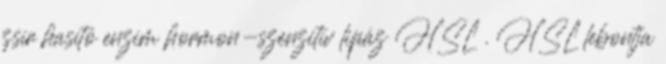
zsír hasító enzim hormon-szenzitív lipáz HSL . HSL lebontja